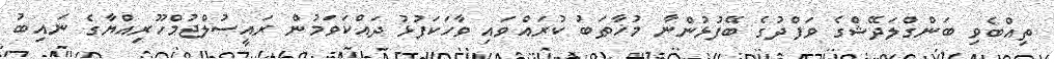
ތިއްބެވި ބަންގްލަދޭޝްގެ ވަފްދުގެ ބޭފުޅުންނާ މުޚާޠަބު ކުރައްވައި ވާހަކަފުޅު ދައްކަވަމުން ރައީސުލްޖުމްހޫރިއްޔާގެ ނައިބު